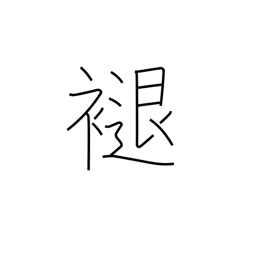
Meaning: discolour